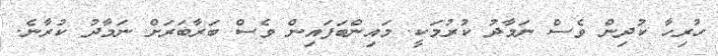
ހުރިހާ ކުދިން ވެސް ނަމާދު ކުރުމަކީ. މައިންބަފައިން ވެސް ބަރާބަރަށް ނަމާދު ކުރާނެ.